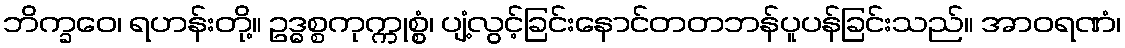
ဘိက္ခဝေ၊ ရဟန်းတို့။ ဥဒ္ဓစ္စကုက္ကုစ္စွံ၊ ပျံ့လွင့်ခြင်းနောင်တတဘန်ပူပန်ခြင်းသည်။ အာဝရဏံ၊